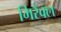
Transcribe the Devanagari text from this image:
मिरैक्ल